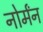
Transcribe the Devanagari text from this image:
नोर्मंन